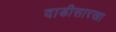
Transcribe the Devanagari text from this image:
दाडीसारखा